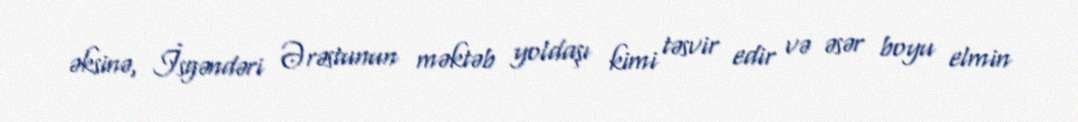
əksinə, İsgəndəri Ərəstunun məktəb yoldaşı kimi təsvir edir və əsər boyu elmin